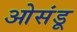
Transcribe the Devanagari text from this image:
ओसंडू